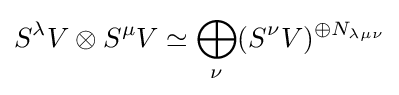
S^{\lambda }V\otimes S^{\mu }V\simeq \bigoplus _{\nu }(S^{\nu }V)^{\oplus N_{\lambda \mu \nu }}